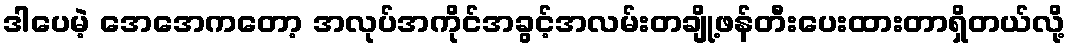
ဒါပေမဲ့ အေအေကတော့ အလုပ်အကိုင်အခွင့်အလမ်းတချို့ဖန်တီးပေးထားတာရှိတယ်လို့